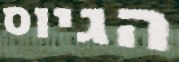
הגיוס